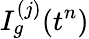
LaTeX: I_{g}^{(j)}(t^{n})